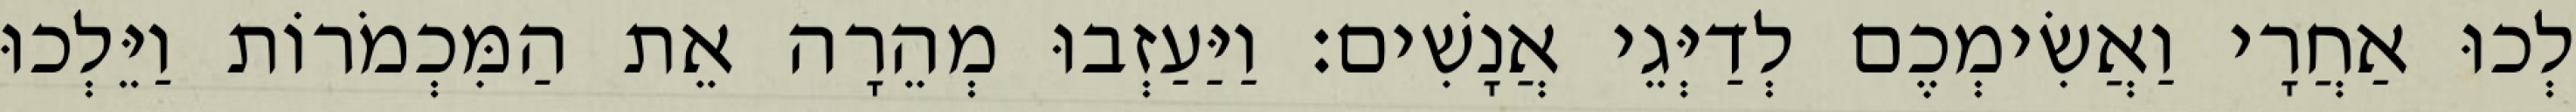
לְכוּ אַחֲרָי וַאֲשִׂימְכֶם לְדַיְּגֵי אֲנָשִׁים׃ וַיַּעַזְבוּ מְהֵרָה אֵת הַמִּכְמֹרוֹת וַיֵּלְכוּ